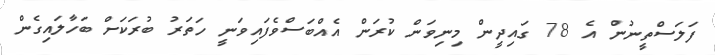
ފަލަސްތީނުން އެ 78 ގައިދީން މިނިވަން ކުރަން އެއްބަސްވެފައިވަނީ ހަތަރު ބުރަކަށް ބަހާލައިގެން